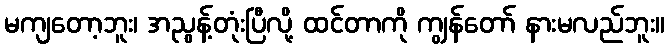
မကျတော့ဘူး၊ အညွန့်တုံးပြီလို့ ထင်တာကို ကျွန်တော် နားမလည်ဘူး။